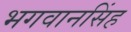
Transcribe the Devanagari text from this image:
भगवानसिंह